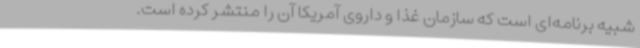
شبیه برنامه‌ای است که سازمان غذا و داروی آمریکا آن را منتشر کرده است.